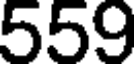
559